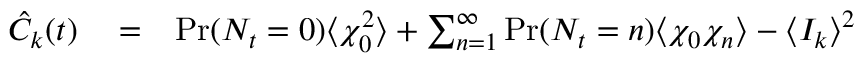
\begin{array} { r l r } { \hat { C } _ { k } ( t ) } & { { } = } & { \operatorname* { P r } ( N _ { t } = 0 ) \langle \chi _ { 0 } ^ { 2 } \rangle + \sum _ { n = 1 } ^ { \infty } \operatorname* { P r } ( N _ { t } = n ) \langle \chi _ { 0 } \chi _ { n } \rangle - \langle I _ { k } \rangle ^ { 2 } } \end{array}